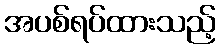
အပစ်ရပ်ထားသည့်